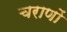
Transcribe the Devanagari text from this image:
चराणों